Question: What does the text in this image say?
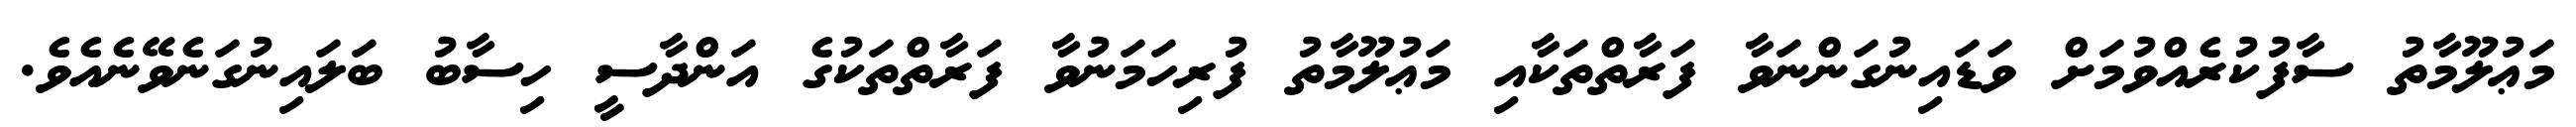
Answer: މަޢުލޫމާތު ސާފުކުރެއްވުމަށް ވަޑައިނުގަންނަވާ ފަރާތްތަކާއި މަޢުލޫމާތު ފުރިހަމަނުވާ ފަރާތްތަކުގެ އަންދާސީ ހިސާބު ބަލައިނުގަނެވޭނެއެވެ.